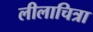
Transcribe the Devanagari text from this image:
लीलाचित्रा